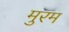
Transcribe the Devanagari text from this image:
मुरम